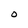
Character: O